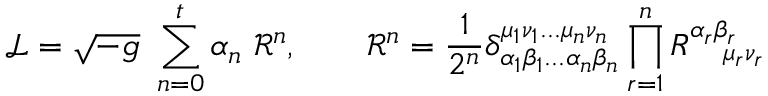
{ \mathcal { L } } = { \sqrt { - g } } \ \sum _ { n = 0 } ^ { t } \alpha _ { n } \ { \mathcal { R } } ^ { n } , \qquad { \mathcal { R } } ^ { n } = { \frac { 1 } { 2 ^ { n } } } \delta _ { \alpha _ { 1 } \beta _ { 1 } . . . \alpha _ { n } \beta _ { n } } ^ { \mu _ { 1 } \nu _ { 1 } . . . \mu _ { n } \nu _ { n } } \prod _ { r = 1 } ^ { n } R _ { \quad \mu _ { r } \nu _ { r } } ^ { \alpha _ { r } \beta _ { r } }